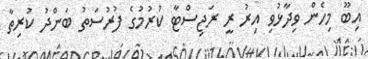
އިބޫ މިހެން ވިދާޅުވި އިރު ރީ ރަޖިސްޓާ ކުރުމުގެ ފުރުސަތު ބަންދު ކުރިތާ